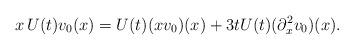
LaTeX: \begin{align*} x \,U(t) v_0(x) = U(t)(xv_0)(x) +3t U(t) (\partial_x^2 v_0)(x). \end{align*}